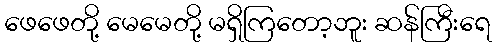
ဖေဖေတို့ မေမေတို့ မရှိကြတော့ဘူး ဆန်ကြီးရေ